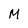
Character: M